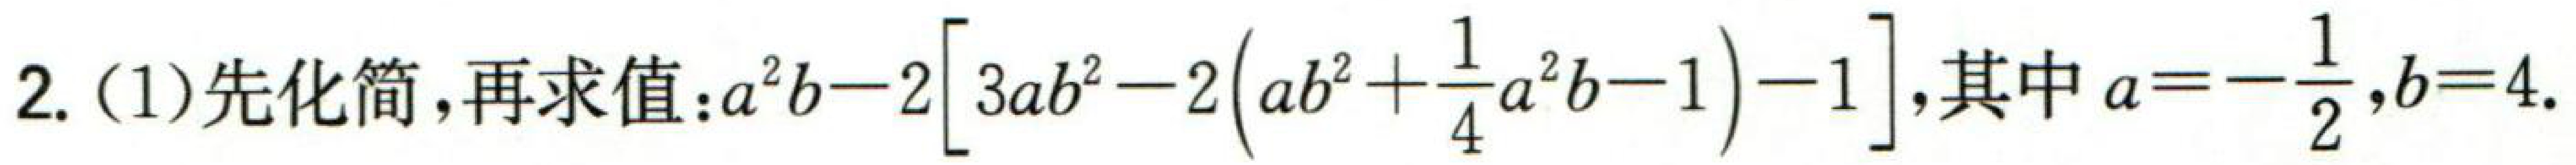
2. (1)先化简,再求值: \(a^{2}b - 2\left[3ab^{2}-2\left(ab^{2}+\frac{1}{4}a^{2}b - 1\right)-1\right]\),其中 \(a = -\frac{1}{2},b = 4\).